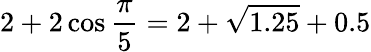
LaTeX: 2+2\cos{\frac{\pi}{5}}=2+{\sqrt{1.25}}+0.5